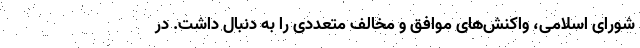
شورای اسلامی، واکنش‌های موافق و مخالف متعددی را به دنبال داشت. در